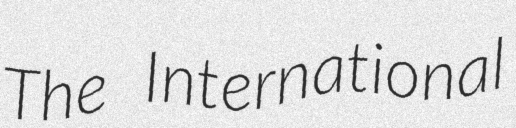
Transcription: The International